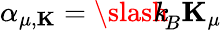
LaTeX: \alpha_{\mu,{\mathbf K}}={\slash\! \! \! k}_{\! {B}}{\mathbf K}_{\mu}